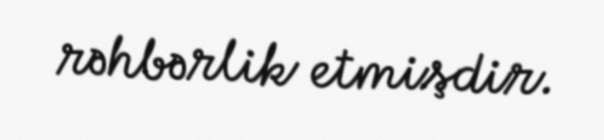
rəhbərlik etmişdir.